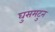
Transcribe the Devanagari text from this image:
घुसमटुन